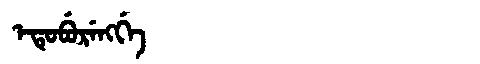
Manchu: ᡝᡨᡠᠪᡠᡵᡝᠩᡤᡝ
Romanization: ETUBURENGGE